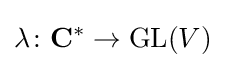
\lambda \colon \mathbf {C} ^{*}\to \mathrm {GL} (V)